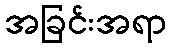
အခြင်းအရာ